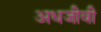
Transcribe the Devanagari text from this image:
अधजीवी